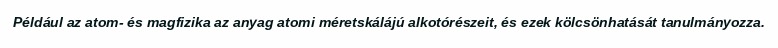
Például az atom- és magfizika az anyag atomi méretskálájú alkotórészeit, és ezek kölcsönhatását tanulmányozza.